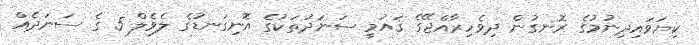
ކިޔަވައިދިނުމުގެ ރޮނގުން ދިވެހިރާއްޖޭގެ ޤައުމީ ސަނަދުތަކުގެ އޮނިގަނޑުގެ ލެވެލް 5 ގެ ސަނަދެއް